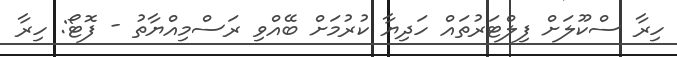
ހިރާ ސްކޫލަށް ފިލްޓަރުތައް ހަދިޔާ ކުރުމަށް ބޭއްވި ރަސްމިއްޔާތު - ފޮޓޯ: ހިރާ